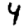
Digit: 4